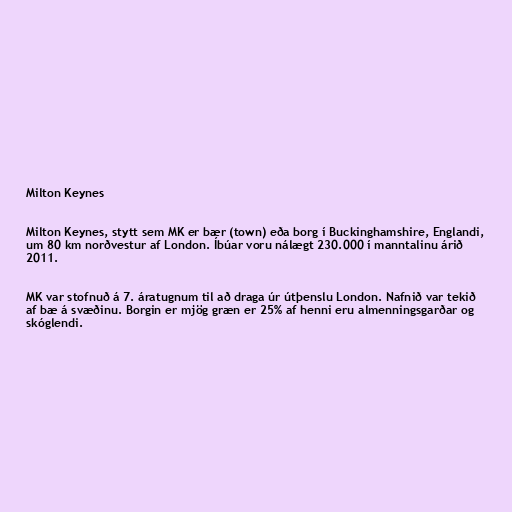
Milton Keynes

Milton Keynes, stytt sem MK er bær (town) eða borg í Buckinghamshire, Englandi,
um 80 km norðvestur af London. Íbúar voru nálægt 230.000 í manntalinu árið
2011.

MK var stofnuð á 7. áratugnum til að draga úr útþenslu London. Nafnið var tekið
af bæ á svæðinu. Borgin er mjög græn er 25% af henni eru almenningsgarðar og
skóglendi.